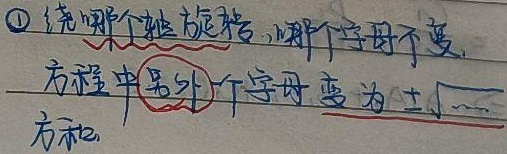
\textcircled{1} 绕哪个轴旋转，哪个字母不变，方程中另外一个字母变为 \(\pm\sqrt{\cdots}\) 。